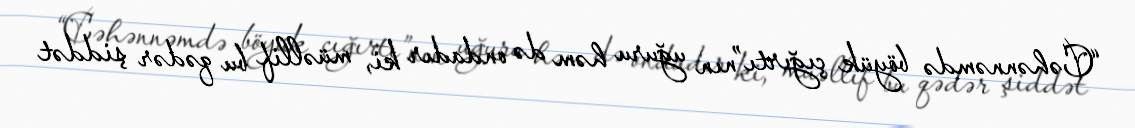
“Cəhənnəmdə böyük çığırtı”nın uğuru həm də ondadır ki, müəllif bu qədər şiddət